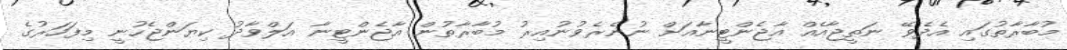
މުބާރާތުގައި އެދެވޭ ނަތީޖާއެއް އާޖެންޓީނާއަށް ނުނެރެވުނުއިރު މުބާރާތުން އާޖެންޓީނާ އަލްވާދު ކިޔަންޖެހުނީ މިފަހަރުގެ